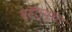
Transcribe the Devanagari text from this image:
व्हॅल्यूचा